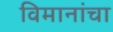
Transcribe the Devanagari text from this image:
विमानांंचा